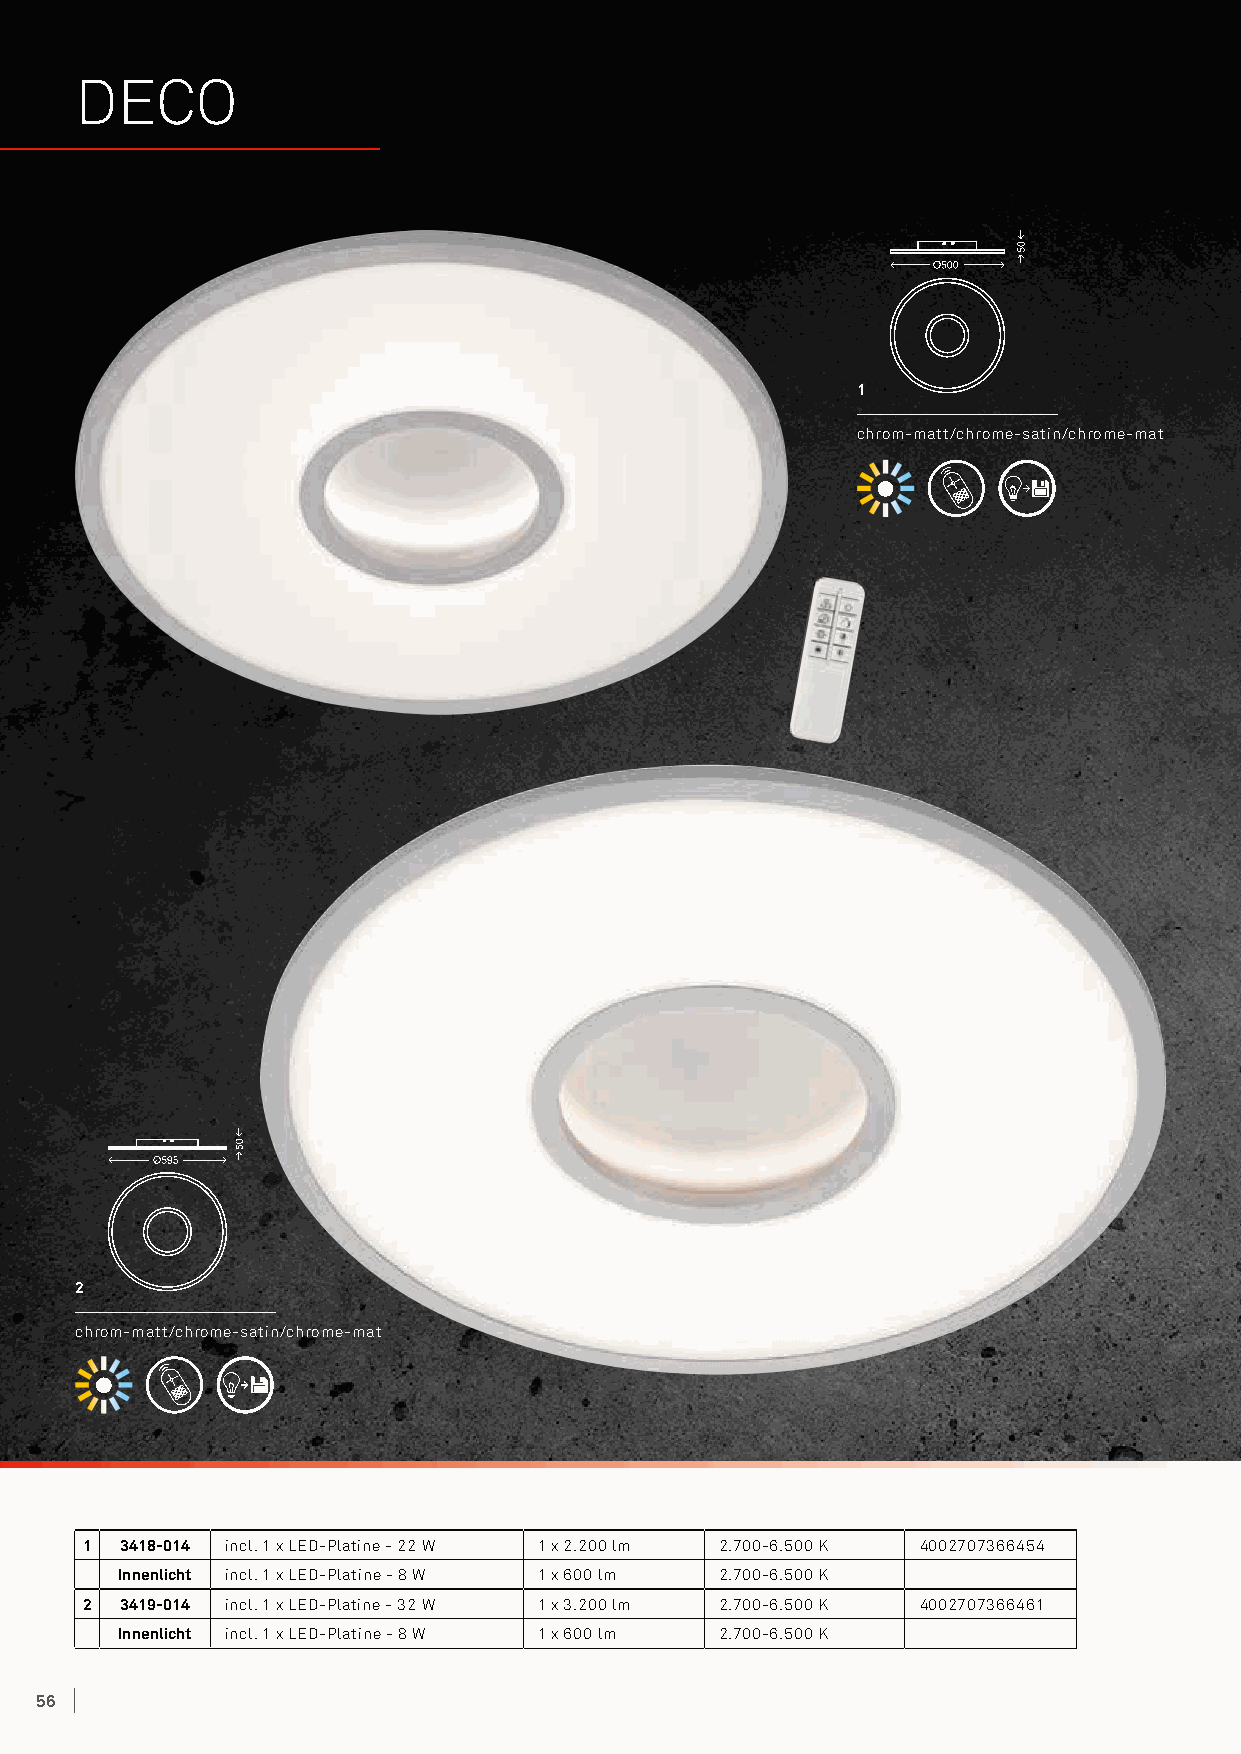
DECO
 1
 chrom-matt/chrome-satin/chrome-mat
 2
 chrom-matt/chrome-satin/chrome-mat
 1  3418-014 incl. 1 x LED-Platine - 22 W 1 x 2.200 lm 2.700-6.500 K 4002707366454
 Innenlicht incl. 1 x LED-Platine - 8 W 1 x 600 lm 2.700-6.500 K
 2  3419-014 incl. 1 x LED-Platine - 32 W 1 x 3.200 lm 2.700-6.500 K 4002707366461
 Innenlicht incl. 1 x LED-Platine - 8 W 1 x 600 lm 2.700-6.500 K
 56